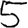
Digit: 5